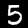
Digit: 5